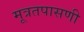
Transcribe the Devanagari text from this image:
मूत्रतपासणी